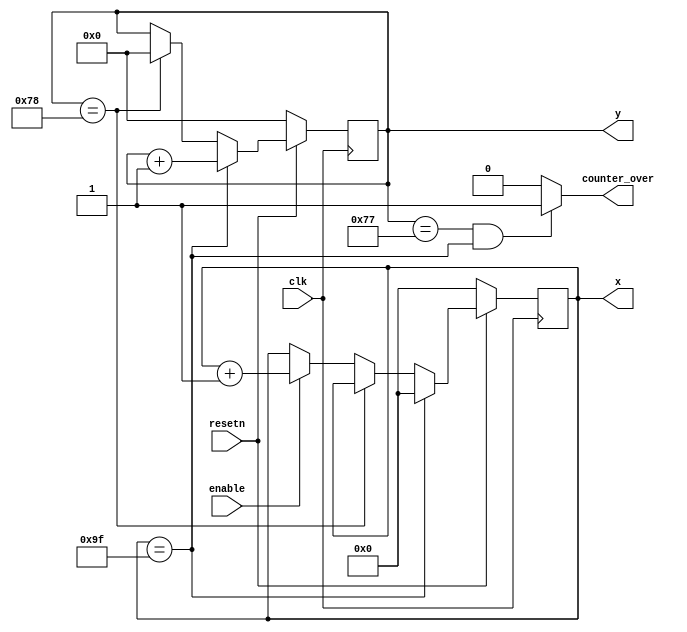

module over_screen(clk, resetn, enable, x, y, counter_over);
	input clk, resetn, enable;
	output reg [8:0]x;
	output reg [6:0]y;
	output counter_over;
	
	assign counter_over = ((y == 7'd119) && (x == 9'd159)) ? 1 : 0;
	
	always@(posedge clk)
	begin
		if (!resetn)
			begin
				y <= 0;
				x <= 0;
			end
		else if (x == 9'd159)
			begin
				x <= 0;
				y <= y + 1'b1;
			end
		else if (y == 7'd120)
			y <= 0;
		else if (enable)
			x <= x + 1'b1;
	end
	
endmodule